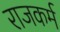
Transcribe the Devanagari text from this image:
राजकर्म